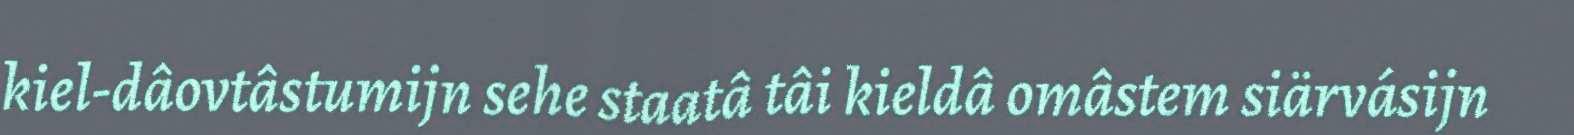
kiel-dâovtâstumijn sehe staatâ tâi kieldâ omâstem siärvásijn